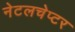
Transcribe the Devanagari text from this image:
नेटलचेप्टर